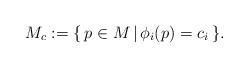
LaTeX: \begin{align*}M_c:= \{\, p\in M\,\vert\, \phi_i(p)=c_i\,\}.\end{align*}